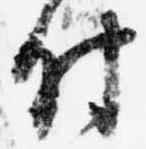
付